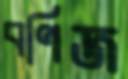
বণিজ